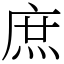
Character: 庶